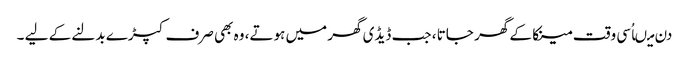
دن میںاُسی وقت مینکا کے گھر جاتا ، جب ڈیڈی گھر میں ہوتے، وہ بھی صرف کپڑے بدلنے کے لیے ۔